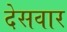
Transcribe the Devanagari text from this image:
देसवार